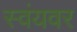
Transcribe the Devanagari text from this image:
स्वंयवर